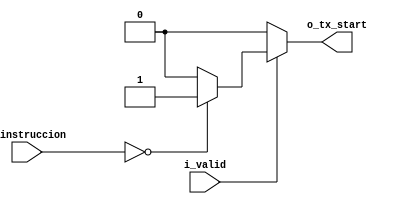
`timescale 1ns / 1ps

module interfaz_uart
(
    input  wire [15:0] i_instruccion,
    input  wire        i_valid,
    output wire        o_tx_start
);

    localparam [15:0] HLT = 16'b0;

    reg tx_start;
    
    assign o_tx_start = tx_start;
    
    always@(*)begin:check
        tx_start = 1'b0; 
        
        if(i_valid)
        begin
            if(i_instruccion == HLT)
                tx_start = 1'b1;
			else
				tx_start = 1'b0;
        end        
    end
endmodule